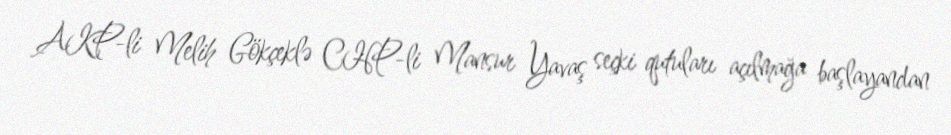
AKP-li Melih Gökçeklə CHP-li Mansur Yavaş seçki qutuları açılmağa başlayandan